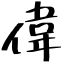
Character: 偉